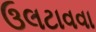
ઉલટાવવા